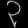
Digit: ၃